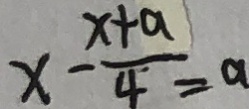
x - \frac { x + a } { 4 } = a